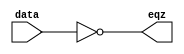
`timescale 1ns / 1ps
//////////////////////////////////////////////////////////////////////////////////
// Company: 
// Engineer: 
// 
// Design Name: 
// Module Name:    EQZ 
// Project Name: 
// Target Devices: 
// Tool versions: 
// Description: 
//
// Dependencies: 
//
// Revision: 
// Revision 0.01 - File Created
// Additional Comments: 
//
//////////////////////////////////////////////////////////////////////////////////
module EQZ(eqz,data
    );

input [15:0] data;
output eqz;

assign eqz=(data==0);
endmodule